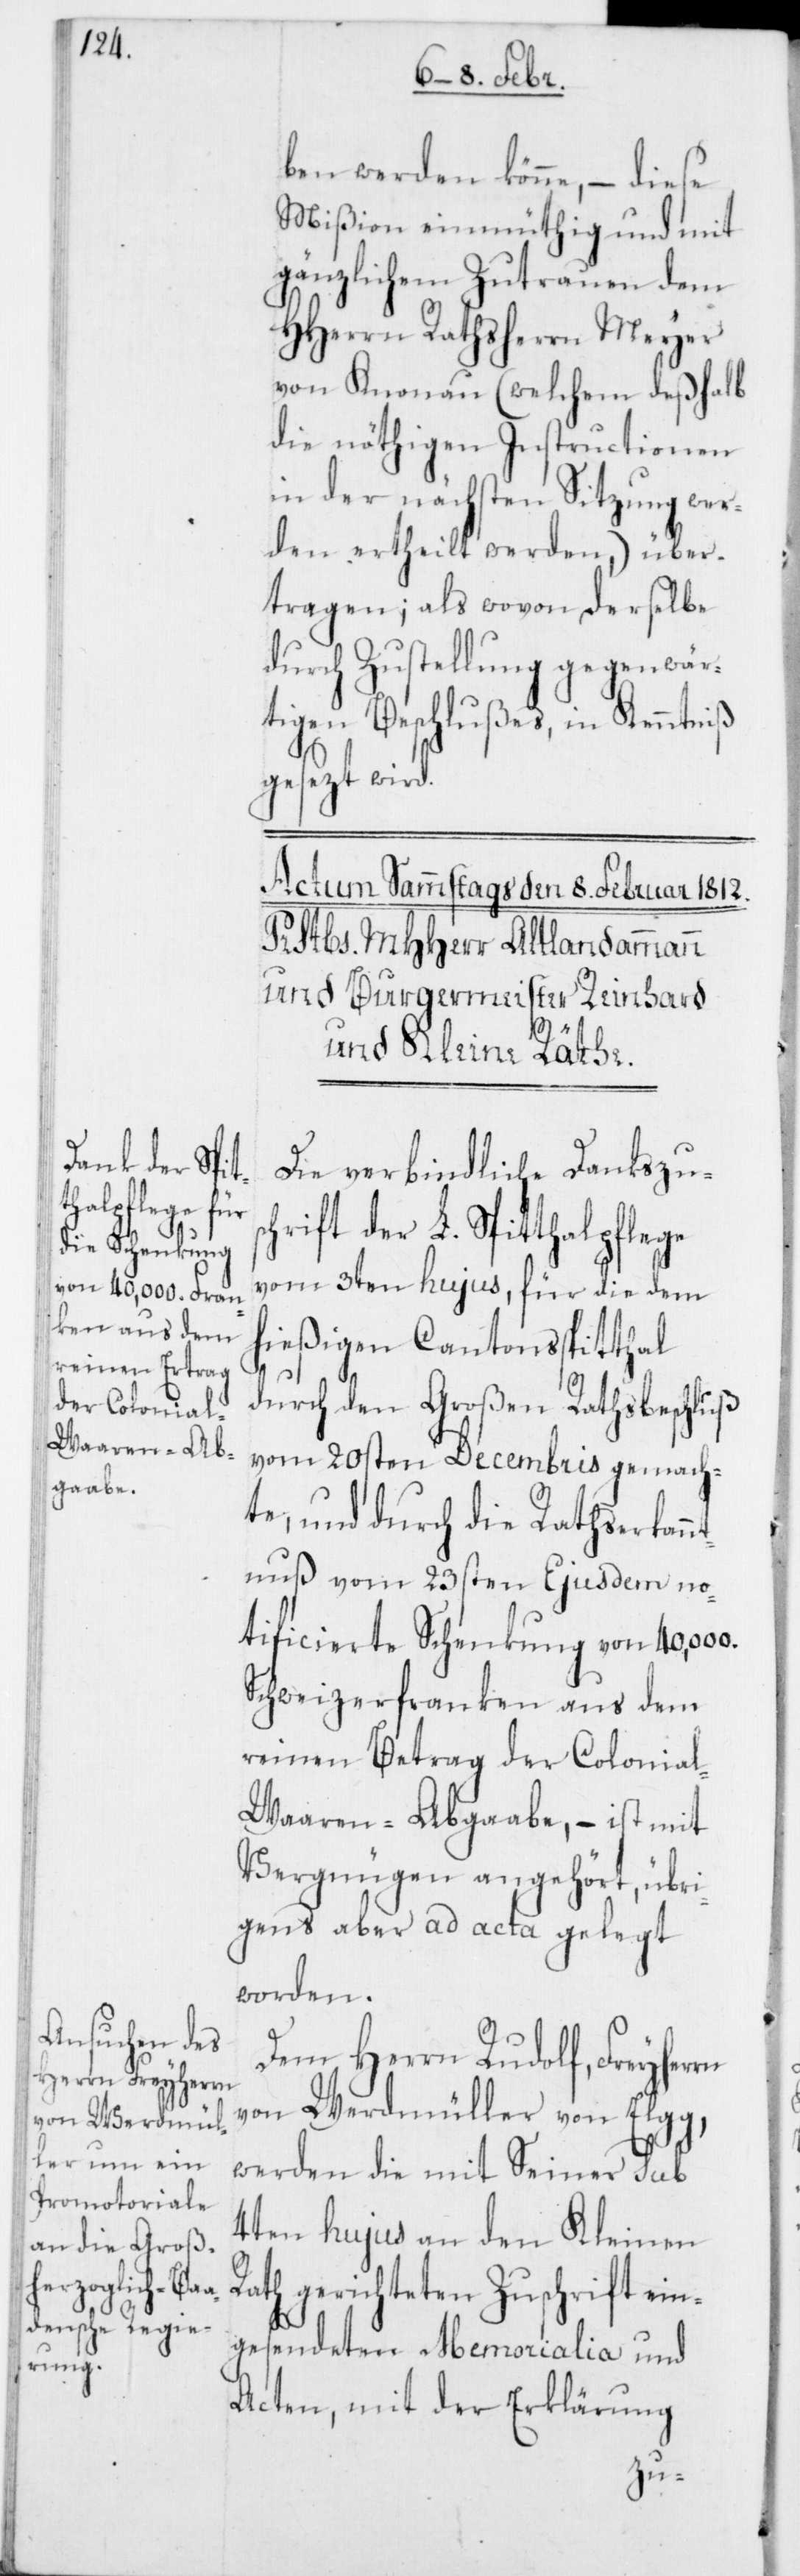
ben werden könne, – diese
Mißion einmüthig und mit
gänzlichem Zutrauen dem
HHerrn Rathsherrn Meyer
von Knonau (welchem deßhalb
die nöthigen Instructionen
in der nächsten Sitzung wer¬
den ertheilt werden), über¬
tragen; als wovon derselbe
durch Zustellung gegenwär¬
tigen Beschlußes, in Kenntniß
gesezt wird.
Die verbindliche Dankszus¬
chrift der L. Spitthalpflege
vom 3ten hujus, für die dem
hießigen Cantonsspitthal
durch den Großen Rathsbeschluß
vom 20sten Decembris gemach¬
te, und durch die Rathserkann¬
tnuß vom 23sten Ejusdem no¬
tificierte Schenkung von 40,000.
Schweizerfranken aus dem
reinen Betrag der Colonia¬
l-Waaren-Abgaabe, – ist mit
Vergnügen angehört, übri¬
gens aber ad acta gelegt
worden.
Dem Herrn Rudolf, Freyherrn
von Werdmüller von Elgg,
werden die mit Seiner sub
4ten hujus an den Kleinen
Rath gerichteten Zuschrift ein¬
gesendeten Memoralia und
Acten, mit der Erklärung